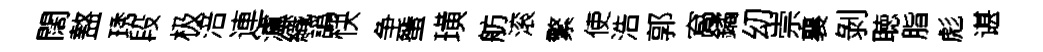
闊盩琇段极涪連瀘織譌快争蜑璜舫滚繁使浩郭窩鐍㓜崇襄剝聴脂彪谌